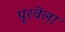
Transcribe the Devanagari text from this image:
पूरवेला